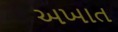
અખાત